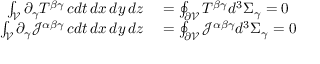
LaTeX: \begin{array} { r l } { \int _ { \mathcal { V } } \partial _ { \gamma } T ^ { \beta \gamma } \, c d t \, d x \, d y \, d z } & { { } = \oint _ { \partial { \mathcal { V } } } T ^ { \beta \gamma } d ^ { 3 } \Sigma _ { \gamma } = 0 } \\ { \int _ { \mathcal { V } } \partial _ { \gamma } { \mathcal { J } } ^ { \alpha \beta \gamma } \, c d t \, d x \, d y \, d z } & { { } = \oint _ { \partial { \mathcal { V } } } { \mathcal { J } } ^ { \alpha \beta \gamma } d ^ { 3 } \Sigma _ { \gamma } = 0 } \end{array}